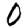
Digit: 0